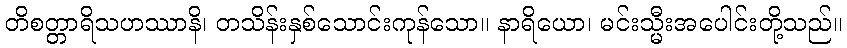
တိစတ္တာရိသဟဿာနိ၊ တသိန်းနှစ်သောင်းကုန်သော။ နာရိယော၊ မင်းသ္မီးအပေါင်းတို့သည်။